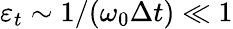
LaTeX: \varepsilon_{t}\sim 1/(\omega_{0}\Delta t)\ll 1